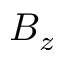
B _ { z }